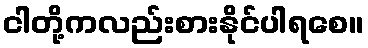
ငါတို့ကလည်းစားနိုင်ပါရစေ။